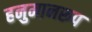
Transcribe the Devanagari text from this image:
हनुमानरूप